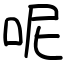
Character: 呢